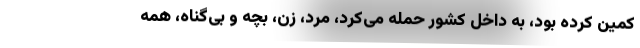
کمین کرده بود، به داخل کشور حمله می‌کرد، مرد، زن، بچه و بی‌گناه، همه